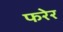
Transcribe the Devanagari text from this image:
फरेर